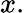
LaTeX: x.